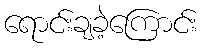
ရောင်းချခဲ့ကြောင်း